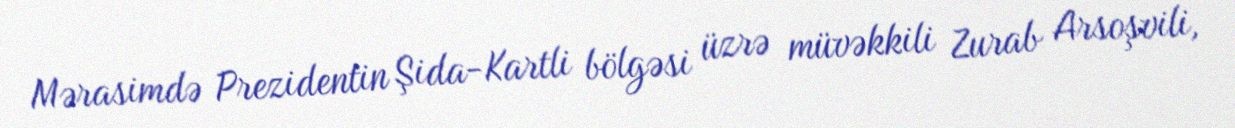
Mərasimdə Prezidentin Şida-Kartli bölgəsi üzrə müvəkkili Zurab Arsoşvili,